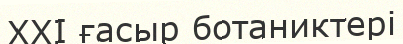
XXI ғасыр ботаниктері